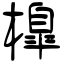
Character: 橰